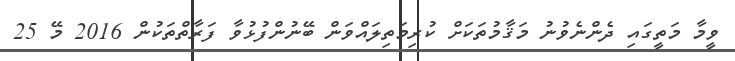
ވީމާ މަތީގައި ދެންނެވުނު މަޤާމުތަކަށް ކުރިމަތިލައްވަން ބޭނުންފުޅުވާ ފަރާތްތަކުން 2016 މޭ 25